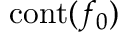
\operatorname { c o n t } ( f _ { 0 } )